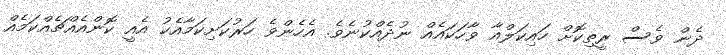
ދެން ވެސް ރީތިކޮށް ހައިކަލްއާ ވާހަކައެއް ނުދެއްކުނެވެ. އެހެންވެ ހަރުކަށިކަމާއެކު އެއީ ކޮންއެއްޗެއްކަމެއް